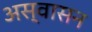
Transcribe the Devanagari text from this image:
अस्वासन